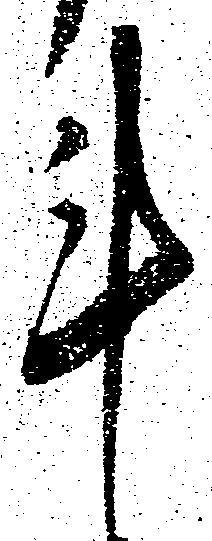
計